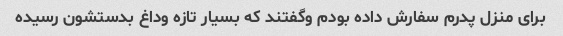
برای منزل پدرم سفارش داده بودم وگفتند که بسیار تازه وداغ بدستشون رسیده